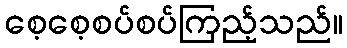
စေ့စေ့စပ်စပ်ကြည့်သည်။